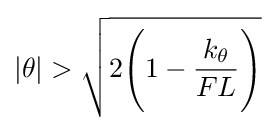
|\theta |>{\sqrt {2{\Bigg (}1-{\frac {k_{\theta }}{FL}}{\Bigg )}}}